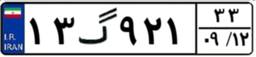
۱۳گ۹۲۱۳۳